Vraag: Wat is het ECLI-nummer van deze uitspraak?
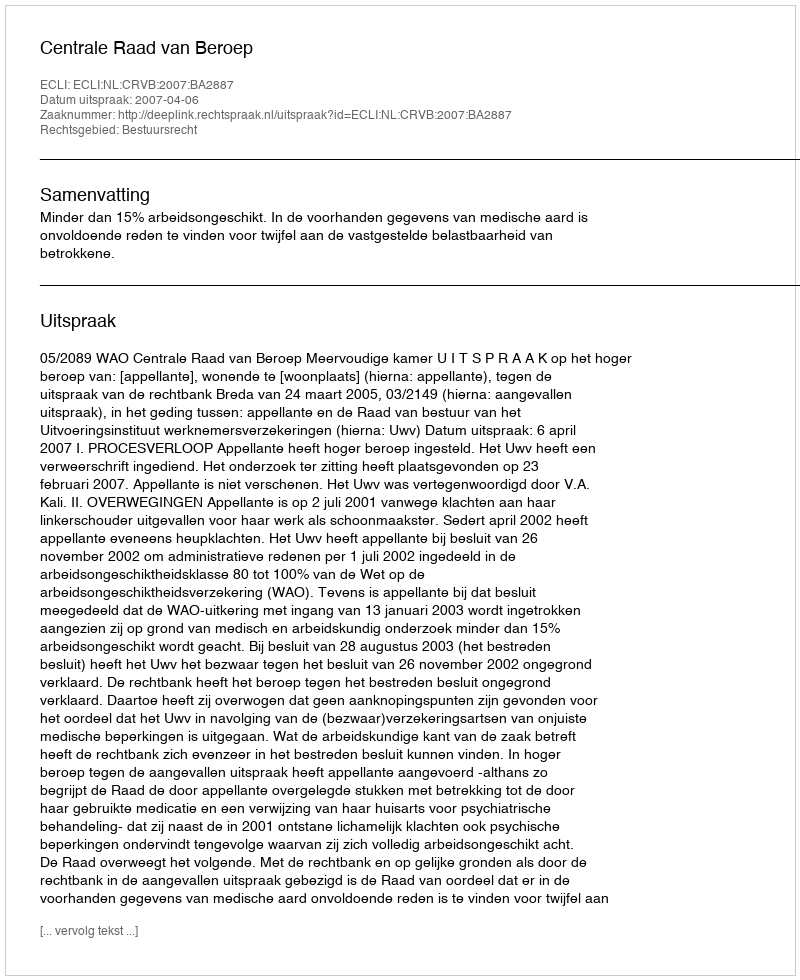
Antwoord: ECLI:NL:CRVB:2007:BA2887